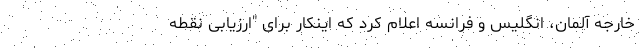
خارجه آلمان، انگلیس و فرانسه اعلام کرد که اینکار برای "ارزیابی نقطه